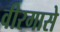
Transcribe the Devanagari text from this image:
वीरगासे